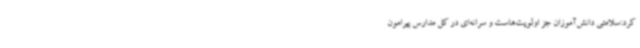
کرد:سلامتی دانش‌آموزان جز اولویت‌هاست و سرانه‌ای در کل مدارس پیرامون